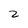
Character: 2